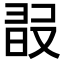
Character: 𣆸